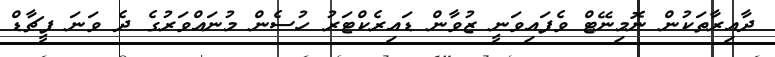
ދާއިރާތަކުން ނޮމިނޭޓް ވެފައިވަނީ ޒުވާން ޑައިރެކްޓަރު ހުސެން މުނައްވަރުގެ ދެ ވަނަ ފީޗާޑް